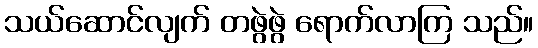
သယ်ဆောင်လျက် တဖွဲဖွဲ ရောက်လာကြ သည်။